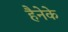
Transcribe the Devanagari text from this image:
हैनेके